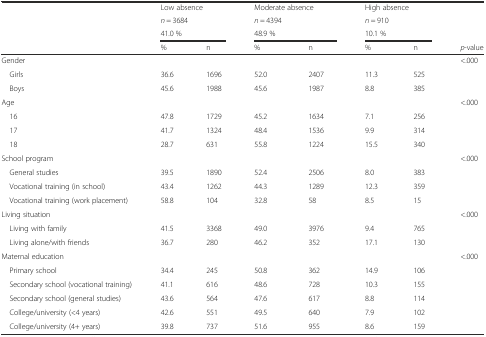
<table><thead><tr><td></td><td colspan="2"><b>Low absence</b></td><td colspan="2"><b>Moderate absence</b></td><td colspan="2"><b>High absence</b></td><td></td></tr><tr><td></td><td colspan="2"><b><i>n</i> = 3684</b></td><td colspan="2"><b><i>n</i> = 4394</b></td><td colspan="2"><b><i>n</i> = 910</b></td><td></td></tr><tr><td></td><td colspan="2"><b>41.0 %</b></td><td colspan="2"><b>48.9 %</b></td><td colspan="2"><b>10.1 %</b></td><td></td></tr><tr><td></td><td><b>%</b></td><td><b>n</b></td><td><b>%</b></td><td><b>n</b></td><td><b>%</b></td><td><b>n</b></td><td><b><i>p</i>-value</b></td></tr></thead><tbody><tr><td>Gender</td><td></td><td></td><td></td><td></td><td></td><td></td><td>&lt;.000</td></tr><tr><td> Girls</td><td>36.6</td><td>1696</td><td>52.0</td><td>2407</td><td>11.3</td><td>525</td><td></td></tr><tr><td> Boys</td><td>45.6</td><td>1988</td><td>45.6</td><td>1987</td><td>8.8</td><td>385</td><td></td></tr><tr><td>Age</td><td></td><td></td><td></td><td></td><td></td><td></td><td>&lt;.000</td></tr><tr><td> 16</td><td>47.8</td><td>1729</td><td>45.2</td><td>1634</td><td>7.1</td><td>256</td><td></td></tr><tr><td> 17</td><td>41.7</td><td>1324</td><td>48.4</td><td>1536</td><td>9.9</td><td>314</td><td></td></tr><tr><td> 18</td><td>28.7</td><td>631</td><td>55.8</td><td>1224</td><td>15.5</td><td>340</td><td></td></tr><tr><td>School program</td><td></td><td></td><td></td><td></td><td></td><td></td><td>&lt;.000</td></tr><tr><td> General studies</td><td>39.5</td><td>1890</td><td>52.4</td><td>2506</td><td>8.0</td><td>383</td><td></td></tr><tr><td> Vocational training (in school)</td><td>43.4</td><td>1262</td><td>44.3</td><td>1289</td><td>12.3</td><td>359</td><td></td></tr><tr><td> Vocational training (work placement)</td><td>58.8</td><td>104</td><td>32.8</td><td>58</td><td>8.5</td><td>15</td><td></td></tr><tr><td>Living situation</td><td></td><td></td><td></td><td></td><td></td><td></td><td>&lt;.000</td></tr><tr><td> Living with family</td><td>41.5</td><td>3368</td><td>49.0</td><td>3976</td><td>9.4</td><td>765</td><td></td></tr><tr><td> Living alone/with friends</td><td>36.7</td><td>280</td><td>46.2</td><td>352</td><td>17.1</td><td>130</td><td></td></tr><tr><td>Maternal education</td><td></td><td></td><td></td><td></td><td></td><td></td><td>&lt;.000</td></tr><tr><td> Primary school</td><td>34.4</td><td>245</td><td>50.8</td><td>362</td><td>14.9</td><td>106</td><td></td></tr><tr><td> Secondary school (vocational training)</td><td>41.1</td><td>616</td><td>48.6</td><td>728</td><td>10.3</td><td>155</td><td></td></tr><tr><td> Secondary school (general studies)</td><td>43.6</td><td>564</td><td>47.6</td><td>617</td><td>8.8</td><td>114</td><td></td></tr><tr><td> College/university (&lt;4 years)</td><td>42.6</td><td>551</td><td>49.5</td><td>640</td><td>7.9</td><td>102</td><td></td></tr><tr><td> College/university (4+ years)</td><td>39.8</td><td>737</td><td>51.6</td><td>955</td><td>8.6</td><td>159</td><td></td></tr></tbody></table>